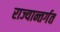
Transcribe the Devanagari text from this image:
राज्यान्तर्गत